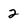
Character: 2